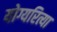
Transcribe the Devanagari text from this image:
योग्यरित्या